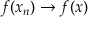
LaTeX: f ( x _ { n } ) \to f ( x )